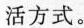
活方式。